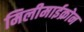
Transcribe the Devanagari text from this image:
मिलीमाईक्रोन